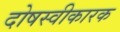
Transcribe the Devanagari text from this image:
दोषस्वीकारक